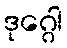
ဒုဂ္ဂေါ